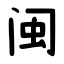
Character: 闽